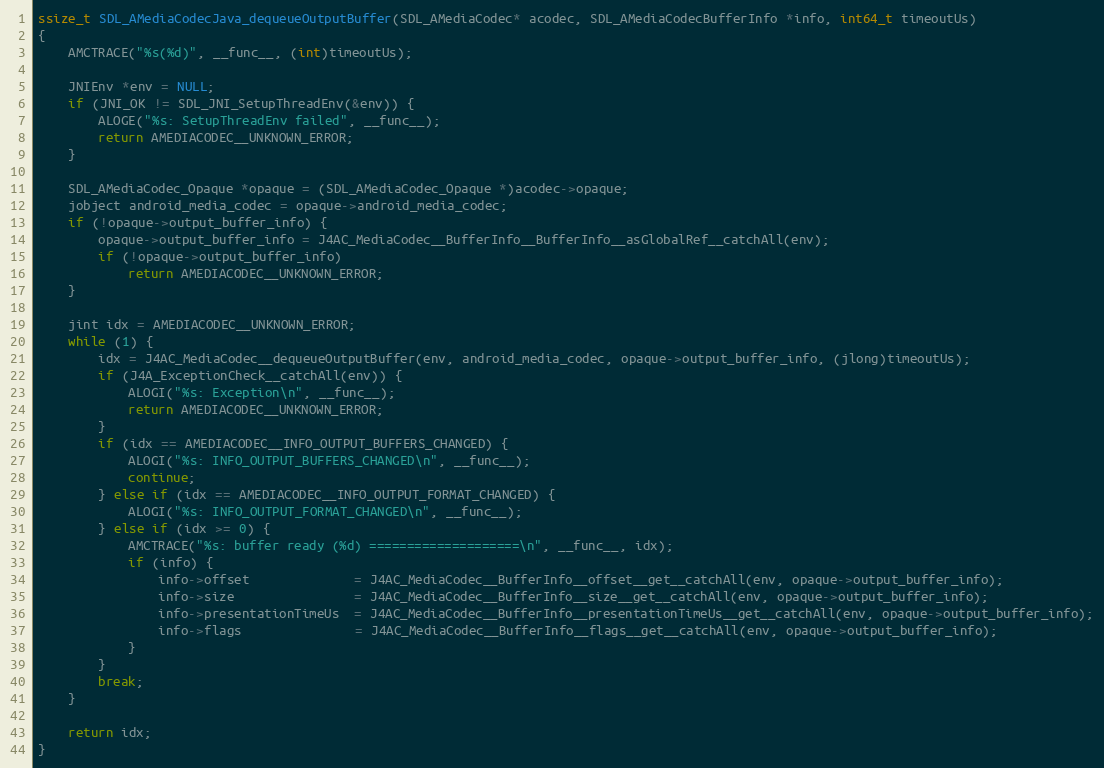
Language: C
ssize_t SDL_AMediaCodecJava_dequeueOutputBuffer(SDL_AMediaCodec* acodec, SDL_AMediaCodecBufferInfo *info, int64_t timeoutUs)
{
    AMCTRACE("%s(%d)", __func__, (int)timeoutUs);

    JNIEnv *env = NULL;
    if (JNI_OK != SDL_JNI_SetupThreadEnv(&env)) {
        ALOGE("%s: SetupThreadEnv failed", __func__);
        return AMEDIACODEC__UNKNOWN_ERROR;
    }

    SDL_AMediaCodec_Opaque *opaque = (SDL_AMediaCodec_Opaque *)acodec->opaque;
    jobject android_media_codec = opaque->android_media_codec;
    if (!opaque->output_buffer_info) {
        opaque->output_buffer_info = J4AC_MediaCodec__BufferInfo__BufferInfo__asGlobalRef__catchAll(env);
        if (!opaque->output_buffer_info)
            return AMEDIACODEC__UNKNOWN_ERROR;
    }

    jint idx = AMEDIACODEC__UNKNOWN_ERROR;
    while (1) {
        idx = J4AC_MediaCodec__dequeueOutputBuffer(env, android_media_codec, opaque->output_buffer_info, (jlong)timeoutUs);
        if (J4A_ExceptionCheck__catchAll(env)) {
            ALOGI("%s: Exception\n", __func__);
            return AMEDIACODEC__UNKNOWN_ERROR;
        }
        if (idx == AMEDIACODEC__INFO_OUTPUT_BUFFERS_CHANGED) {
            ALOGI("%s: INFO_OUTPUT_BUFFERS_CHANGED\n", __func__);
            continue;
        } else if (idx == AMEDIACODEC__INFO_OUTPUT_FORMAT_CHANGED) {
            ALOGI("%s: INFO_OUTPUT_FORMAT_CHANGED\n", __func__);
        } else if (idx >= 0) {
            AMCTRACE("%s: buffer ready (%d) ====================\n", __func__, idx);
            if (info) {
                info->offset              = J4AC_MediaCodec__BufferInfo__offset__get__catchAll(env, opaque->output_buffer_info);
                info->size                = J4AC_MediaCodec__BufferInfo__size__get__catchAll(env, opaque->output_buffer_info);
                info->presentationTimeUs  = J4AC_MediaCodec__BufferInfo__presentationTimeUs__get__catchAll(env, opaque->output_buffer_info);
                info->flags               = J4AC_MediaCodec__BufferInfo__flags__get__catchAll(env, opaque->output_buffer_info);
            }
        }
        break;
    }

    return idx;
}